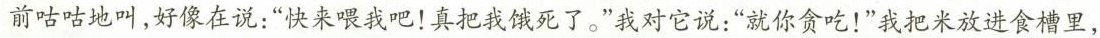
前咕咕地叫，好像在说：”快来喂我吧！真把我饿死了。”我对它说：”就你贪吃！”我把米放进食槽里，